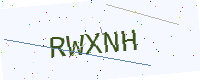
Text: RWXNH